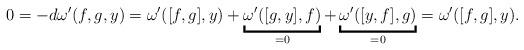
LaTeX: \begin{align*}0 = -d\omega'(f,g,y) = \omega'([f,g],y) + \underbracket{\omega'([g,y],f)}_{=0} + \underbracket{\omega'([y,f],g)}_{=0} = \omega'([f,g],y).\end{align*}